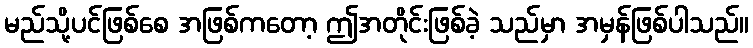
မည်သို့ပင်ဖြစ်စေ အဖြစ်ကတော့ ဤအတိုင်းဖြစ်ခဲ့ သည်မှာ အမှန်ဖြစ်ပါသည်။